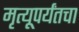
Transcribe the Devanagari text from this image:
मृत्यूपर्यंतचा